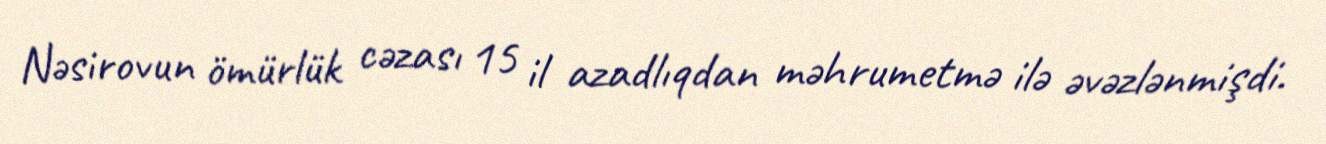
Nəsirovun ömürlük cəzası 15 il azadlıqdan məhrumetmə ilə əvəzlənmişdi.